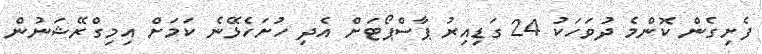
ފެށިގެން ކޮންމެ ދުވަހަކު 24 ގަޑިއިރު ޕާސްޕޯޓަށް އެދި ހުށަހެޅޭނެ ކަމަށް އިމިގްރޭޝަނުން